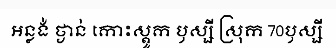
អន្លង់ ថ្ងាន់ កោះស្តូក ឫស្សី ស្រុក 70ឫស្សី